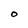
Character: O